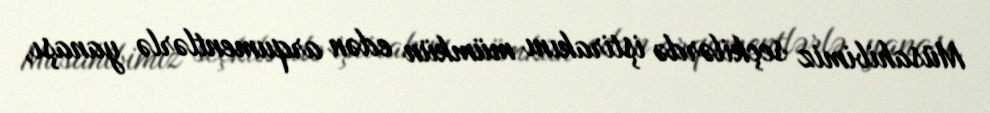
Müsahibimiz seçkilərdə iştirakını mümkün edən arqumentlərlə yanaşı,